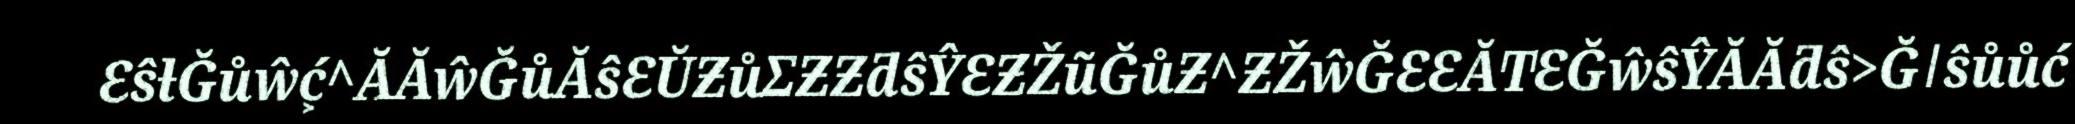
ƐŝƚĞůŵć͕^ĂĂŵĞůĂŝƐŬƵůƩƵƵƌŝŶƐƵŽũĞůƵ^ƵŽŵĞƐƐĂͲƐĞŵŝŶĂĂƌŝ>Ğǀŝůůć